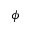
\phi